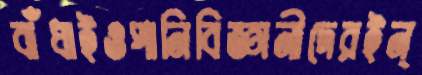
বাঁধাইওপানিবিজ্ঞানীদেরইন্